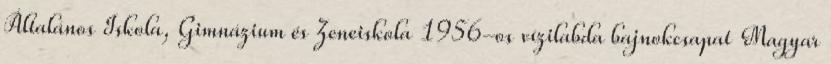
Általános Iskola, Gimnázium és Zeneiskola 1956-os vízilabda bajnokcsapat Magyar